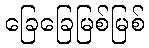
ခြေခြေမြစ်မြစ်